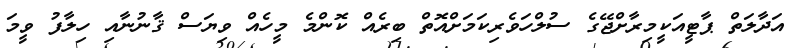
އަދާލަތް ޕާޓީއަކީމިރާށްޖޭގެ ސުލްހަވެރިކަމަށްއޮތް ބިރެއް ކޮންމެ މީހެއް ވިޔަސް ޤާނުނާއި ހިލާފު ވީމަ